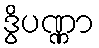
ဒွိပဏ္ဏာ